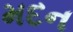
મદન